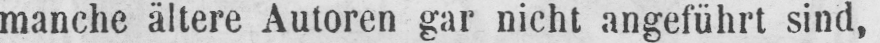
manche ältere Autoren gar nicht angeführt sind,